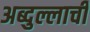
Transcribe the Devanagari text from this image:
अब्दुल्लाची